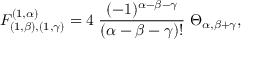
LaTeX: F _ { ( 1 , \beta ) , ( 1 , \gamma ) } ^ { ( 1 , \alpha ) } = 4 \; \frac { ( - 1 ) ^ { \alpha - \beta - \gamma } } { ( \alpha - \beta - \gamma ) ! } \; \Theta _ { \alpha , \beta + \gamma } ,